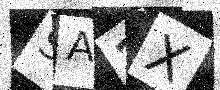
Text: SA2X